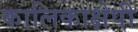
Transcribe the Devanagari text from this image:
कालिकाक्षेपी